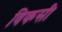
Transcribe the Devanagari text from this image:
विकसी